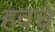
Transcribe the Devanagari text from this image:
हवचे